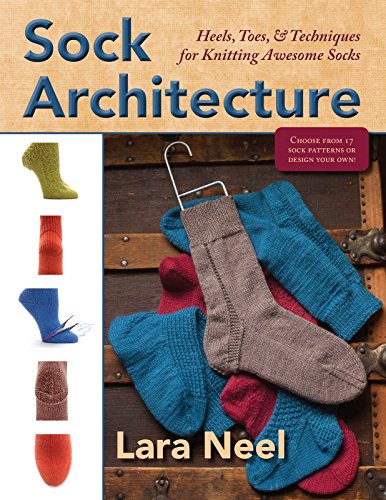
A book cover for Sock Architecture; Lara Neel; Crafts, Hobbies & Home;